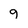
Character: 9